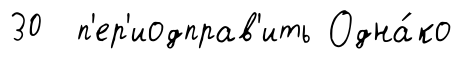
30 п'ер'иодправ'ить Одна́ко